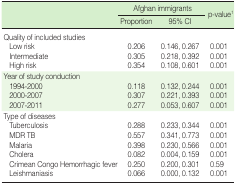
<table><thead><tr><td rowspan="2">[EMPTY_CELL]</td><td colspan="2"><b>Afghan immigrants</b></td><td rowspan="2"><b>p-value<sup>1</sup></b></td></tr><tr><td><b>Proportion</b></td><td><b>95% CI</b></td></tr></thead><tbody><tr><td colspan="4">Quality of included studies</td></tr><tr><td> Low risk</td><td>0.206</td><td>0.146, 0.267</td><td>0.001</td></tr><tr><td> Intermediate</td><td>0.305</td><td>0.218, 0.392</td><td>0.001</td></tr><tr><td> High risk</td><td>0.354</td><td>0.108, 0.601</td><td>0.001</td></tr><tr><td colspan="4">Year of study conduction</td></tr><tr><td> 1994-2000</td><td>0.118</td><td>0.132, 0.244</td><td>0.001</td></tr><tr><td> 2000-2007</td><td>0.307</td><td>0.221, 0.393</td><td>0.001</td></tr><tr><td> 2007-2011</td><td>0.277</td><td>0.053, 0.607</td><td>0.001</td></tr><tr><td colspan="4">Type of diseases </td></tr><tr><td> Tuberculosis</td><td>0.288</td><td>0.233, 0.344</td><td>0.001</td></tr><tr><td> MDR TB</td><td>0.557</td><td>0.341, 0.773</td><td>0.001</td></tr><tr><td> Malaria</td><td>0.398</td><td>0.230, 0.566</td><td>0.001</td></tr><tr><td> Cholera</td><td>0.082</td><td>0.004, 0.159</td><td>0.001</td></tr><tr><td> Crimean Congo Hemorrhagic fever</td><td>0.25</td><td>0.200, 0.301</td><td>0.59</td></tr><tr><td> Leishmaniasis</td><td>0.066</td><td>0.000, 0.132</td><td>0.001</td></tr></tbody></table>